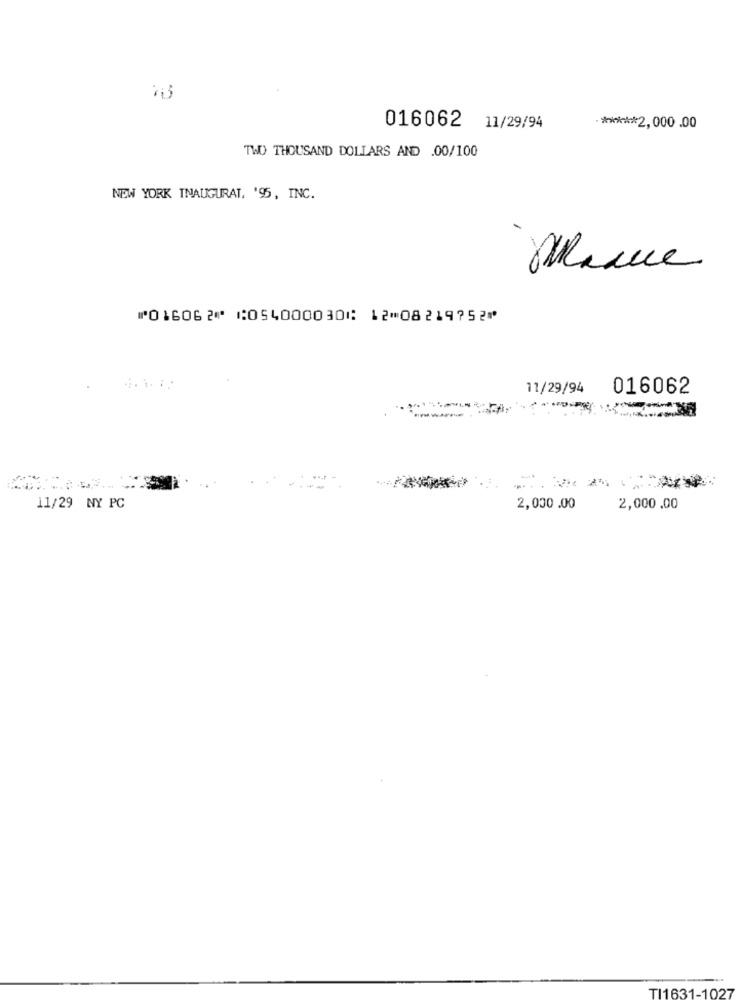
016062 11/29/94
** 2,000 .00
TWO THOUSAND DOLLARS AND .00/100
NEW YORK INAUGURAL. '95, INC.
⑈016062⑈ ⑆054000030⑆ 12⑉08219752⑈
11/29/94
016062
--
11/29 NY PC
2,000 .00
2,000 .00
TI1631-1027